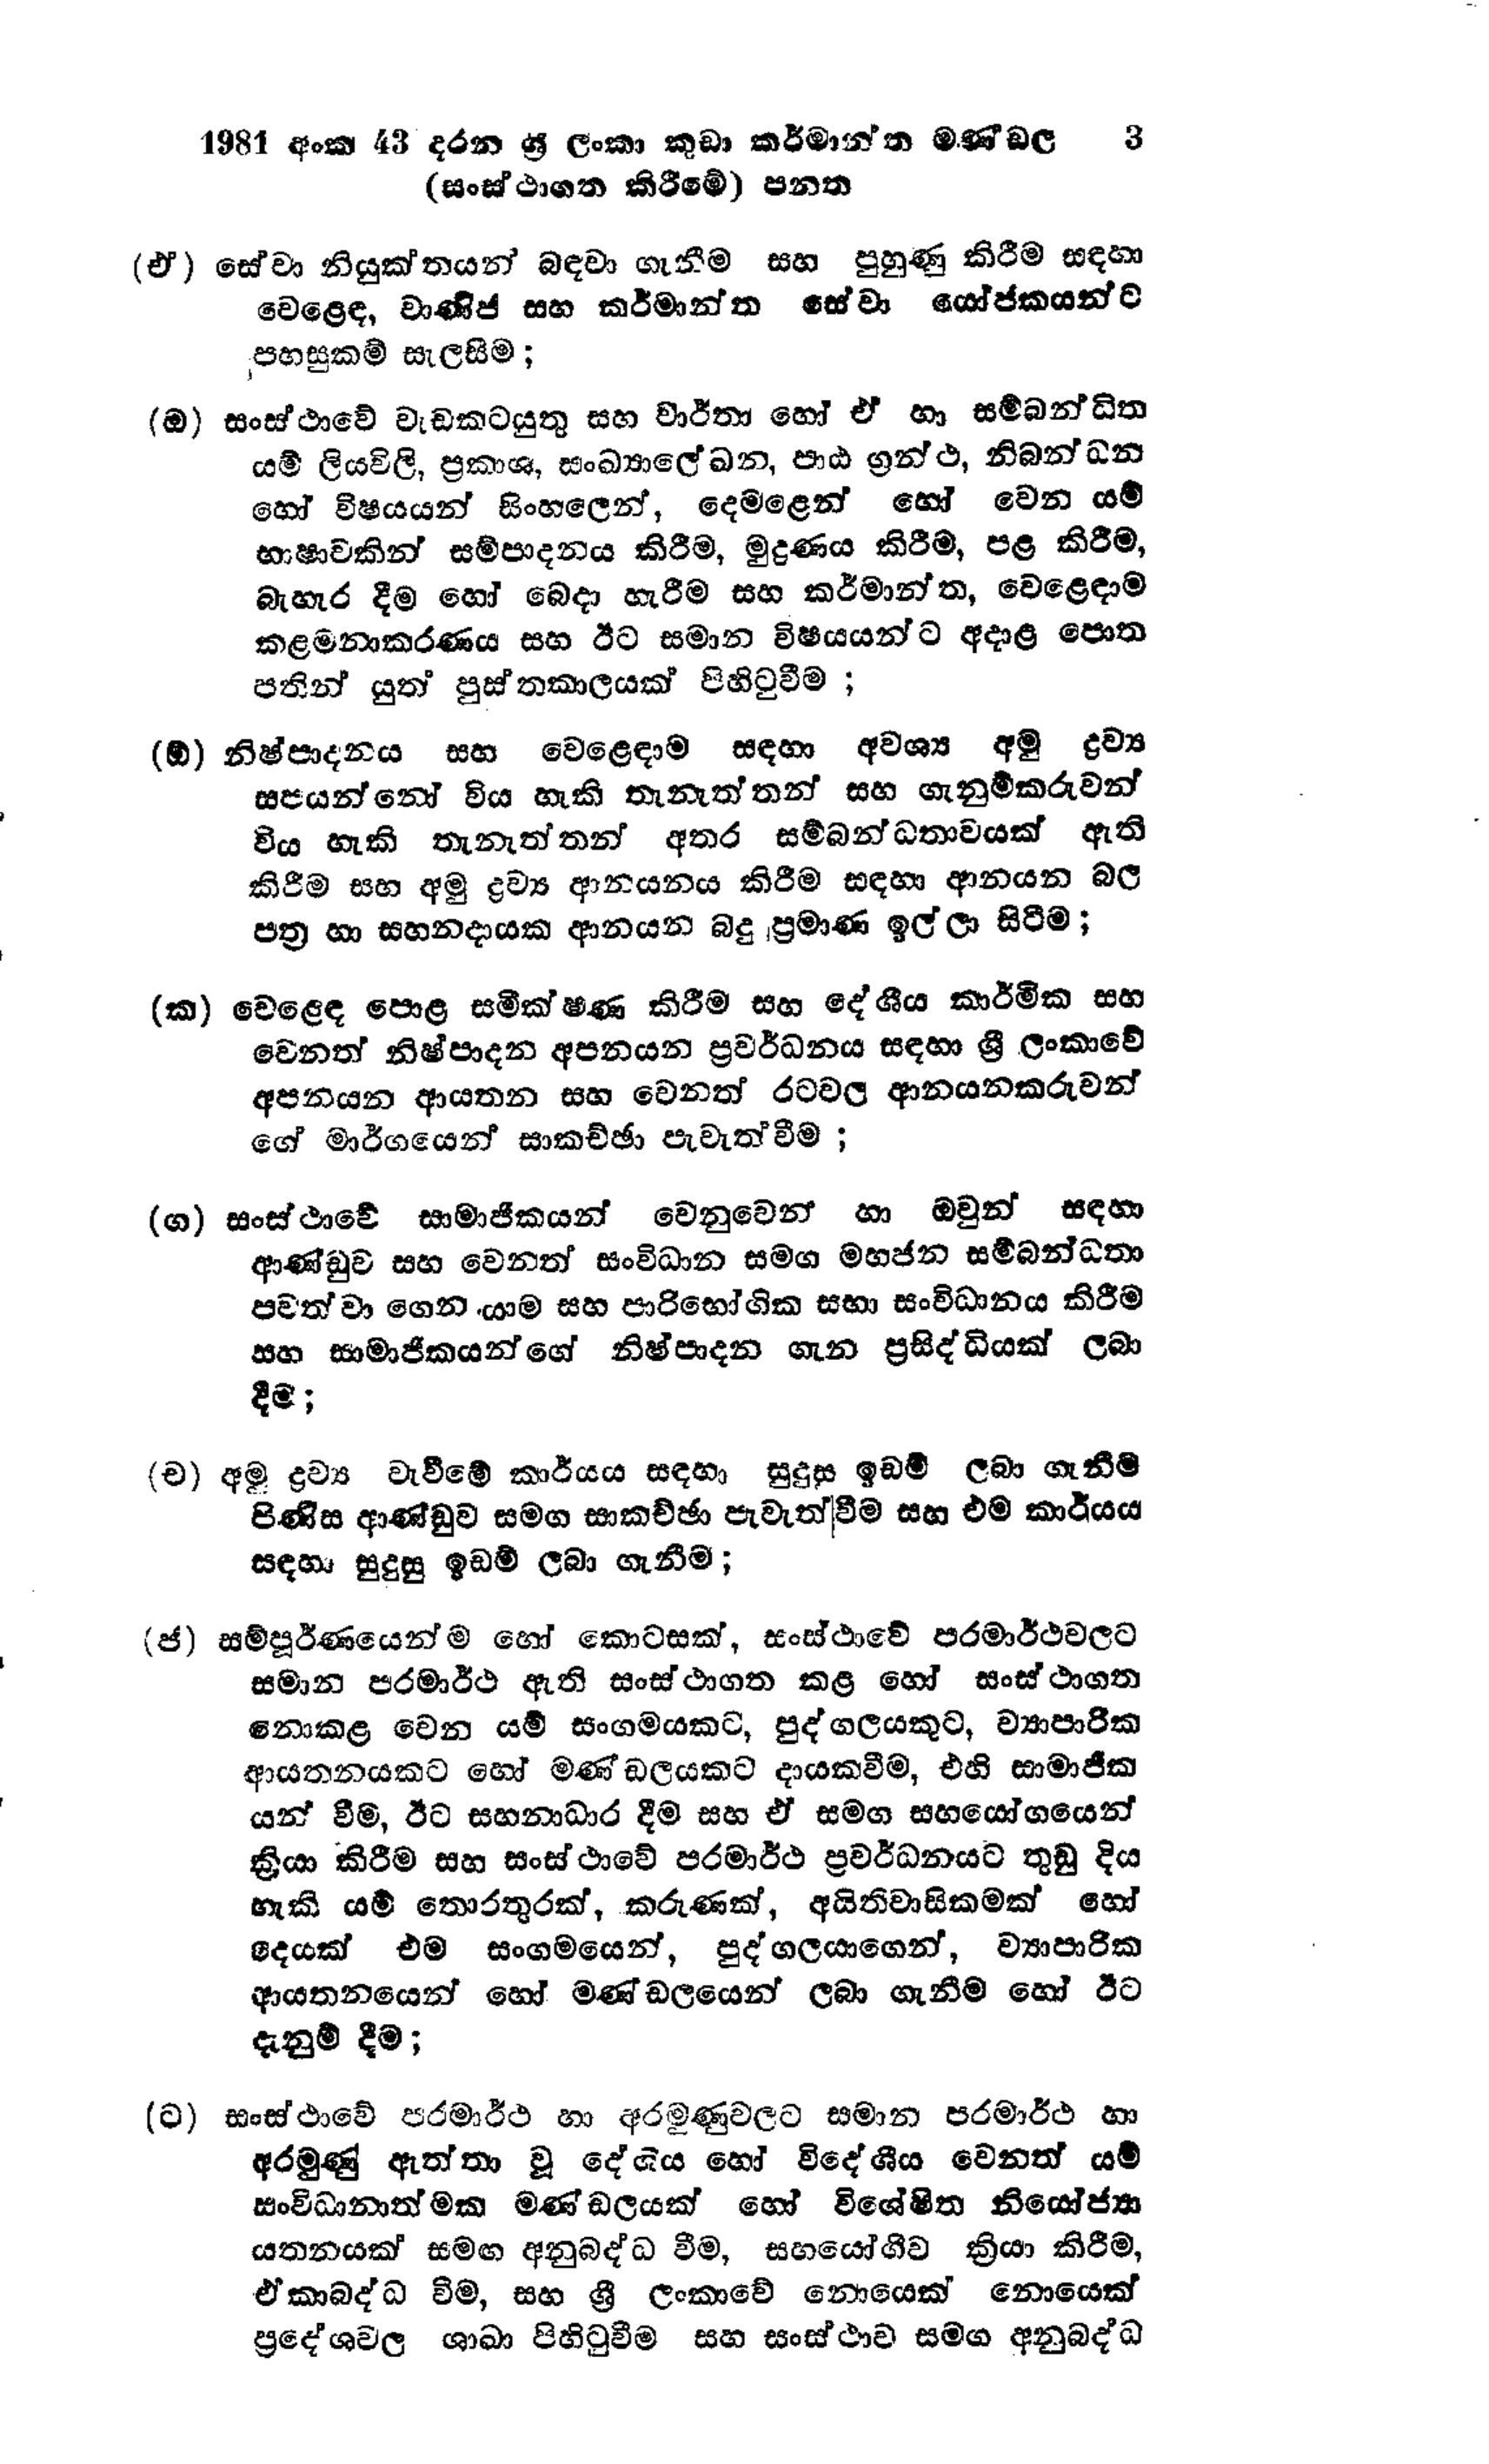
1981 අංක 43 දරන ශ්‍රී ලංකා කුඩා කර්මාන්ත මණ්ඩල		3
(සංස්ථාගත කිරීමේ) පනත

(එ) සේවා නියුක්තයන් බඳවා ගැනීම සහ පුහුණු කිරීම සඳහා
වෙළෙඳ, වාණිජ සහ කර්මාන්ත සේවා යෝජකයන්ට
පහසුකම් සැලසීම;

(ඔ) සංස්ථාවේ වැඩ කටයුතු සහ වාර්තා හෝ ඒ හා සම්බන්ධිත
යම් ලියවිලි, ප්‍රකාශ, සංඛ්‍යාලේඛන, පාඨ ග්‍රන්ථ, නිබන්ධන
හෝ විෂයයන් සිංහලෙන්, දෙමළෙන් හෝ වෙන යම්
භාෂාවකින් සම්පාදනය කිරීම, මුද්‍රණය කිරීම, පළ කිරීම,
බැහැර දීම හෝ බෙදා හැරීම සහ කර්මාන්ත, වෙළෙඳාම
කළමනාකරණය සහ ඊට සමාන විෂයයන්ට අදාළ පොත
පතින් යුත් පුස්තකාලයක් පිහිටුවීම;

(ඕ) නිෂ්පාදනය සහ වෙළෙඳාම සඳහා අවශ්‍ය අමු ද්‍රව්‍ය
සපයන්නෝ විය හැකි තැනැත්තන් සහ ගැනුම්කරුවන්
විය හැකි තැනැත්තන් අතර සම්බන්ධතාවයක් ඇති
කිරීම් සහ අමු ද්‍රව්‍ය ආනයනය කිරීම සඳහා ආනයන බල
පත්‍ර හා සහනදායක ආනයන බදු ප්‍රමාණ ඉල්ලා සිටීම;

(ක) වෙළෙඳ පොළ සමීක්ෂණ කිරීම සහ දේශීය කාර්මික සහ
වෙනත් නිෂ්පාදන අපනයන ප්‍රවර්ධනය සඳහා ශ්‍රී ලංකාවේ
අපනයන ආයතන සහ වෙනත් රටවල ආනයනකරුවන්
ගේ මාර්ගයෙන් සාකච්ඡා පැවැත්වීම;

(ග) සංස්ථාවේ සාමාජිකයන් වෙනුවෙන් හා ඔවුන් සඳහා
ආණ්ඩුව සහ වෙනත් සංවිධාන සමග මහජන සම්බන්ධතා
පවත්වා ගෙන යාම සහ පාරිභෝගික සභා සංවිධානය කිරීම
සහ සාමාජිකයන්ගේ නිෂ්පාදන ගැන ප්‍රසිද්ධියක් ලබා
දීම;

(ච) අමු ද්‍රව්‍ය වැවීමේ කාර්යය සඳහා සුදුසු ඉඩම් ලබා ගැනීම්
පිණිස ආණ්ඩුව සමග සාකච්ඡා පැවැත්වීම සහ එම කාර්යය
සඳහා සුදුසු ඉඩම් ලබා ගැනීම ;

(ජ) සම්පූර්ණයෙන්ම හෝ කොටසක්, සංස්ථාවේ පරමාර්ථවලට
සමාන පරමාර්ථ ඇති සංස්ථාගත කළ හෝ සංස්ථාගත
නොකළ වෙන යම් සංගමයකට, පුද්ගලයකුට, ව්‍යාපාරික
ආයතනයකට හෝ මණ්ඩලයකට දායකවීම, එහි සාමාජික
යන් වීම, ඊට සහනාධාර දීම සහ ඒ සමග සහයෝගයෙන්
ක්‍රියා කිරීම සහ සංස්ථාවේ පරමාර්ථ ප්‍රවර්ධනයට තුඩු දිය
හැකි යම් තොරතුරක්, කරුණක්, අයිතිවාසිකමක් හෝ
දෙයක් එම සංගමයෙන්, පුද්ගලයාගෙන්, ව්‍යාපාරික
ආයතනයෙන් හෝ මණ්ඩලයෙන් ලබා ගැනීම හෝ ඊට
දැනුම් දීම;

(ට) සංස්ථාවේ පරමාර්ථ හා අරමුණුවලට සමාන පරමාර්ථ හා
අරමුණු ඇත්තා වූ දේශීය හෝ විදේශීය වෙනත් යම්
සංවිධානාත්මක මණ්ඩලයක් හෝ විශේෂිත නියෝජ්‍යා
යතනයක් සමඟ අනුබද්ධ වීම, සහයෝගීව ක්‍රියා කිරීම,
ඒකාබද්ධ වීම, සහ ශ්‍රී ලංකාවේ නොයෙක් නොයෙක්
ප්‍රදේශවල ශාඛා පිහිටුවීම සහ සංස්ථාව සමග අනුබද්ධ